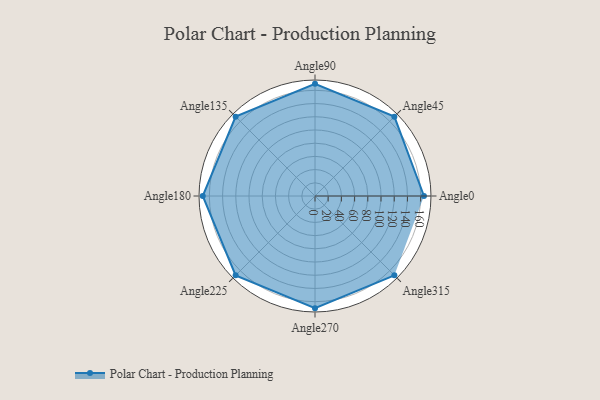
{"axis": {"x": "Angle", "y": "Radius"}, "legend": [""], "data": [{"x": "Angle0", "y": 165.0, "type": ""}, {"x": "Angle45", "y": 170.0, "type": ""}, {"x": "Angle90", "y": 170, "type": ""}, {"x": "Angle135", "y": 170, "type": ""}, {"x": "Angle180", "y": 170, "type": ""}, {"x": "Angle225", "y": 170, "type": ""}, {"x": "Angle270", "y": 170, "type": ""}, {"x": "Angle315", "y": 170, "type": ""}]}